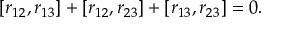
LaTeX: [ r _ { 1 2 } , r _ { 1 3 } ] + [ r _ { 1 2 } , r _ { 2 3 } ] + [ r _ { 1 3 } , r _ { 2 3 } ] = 0 .